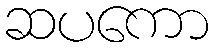
ဆပကော